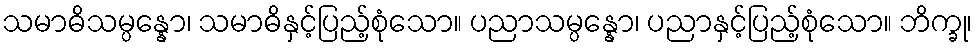
သမာဓိသမ္ပန္နော၊ သမာဓိနှင့်ပြည့်စုံသော။ ပညာသမ္ပန္နော၊ ပညာနှင့်ပြည့်စုံသော။ ဘိက္ခု၊